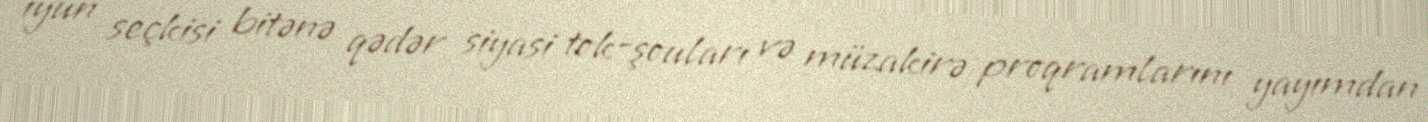
iyun seçkisi bitənə qədər siyasi tok-şouları və müzakirə proqramlarını yayımdan